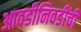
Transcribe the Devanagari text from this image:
आवडीनिवडींची